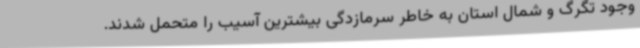
وجود تگرگ و شمال استان به خاطر سرمازدگی بیشترین آسیب را متحمل شدند.